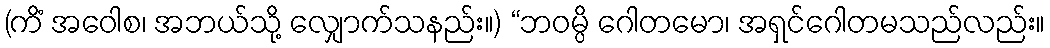
(ကိံ အဝေါစ၊ အဘယ်သို့ လျှောက်သနည်း။) “ဘဝမ္ပိ ဂေါတမော၊ အရှင်ဂေါတမသည်လည်း။